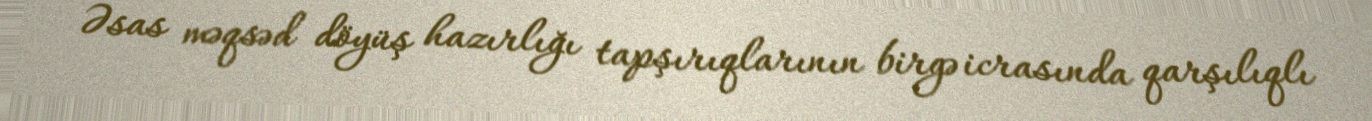
Əsas məqsəd döyüş hazırlığı tapşırıqlarının birgə icrasında qarşılıqlı